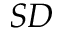
S D